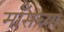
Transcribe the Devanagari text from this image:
माँसच्या